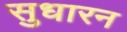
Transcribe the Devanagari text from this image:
सुधारन